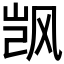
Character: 𬱼